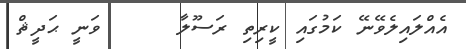
އެއްލައިލެވޭނޭ ކަމުގައި ކީރިތި ރަސޫލާ     ވަނީ ޙަދީޘް